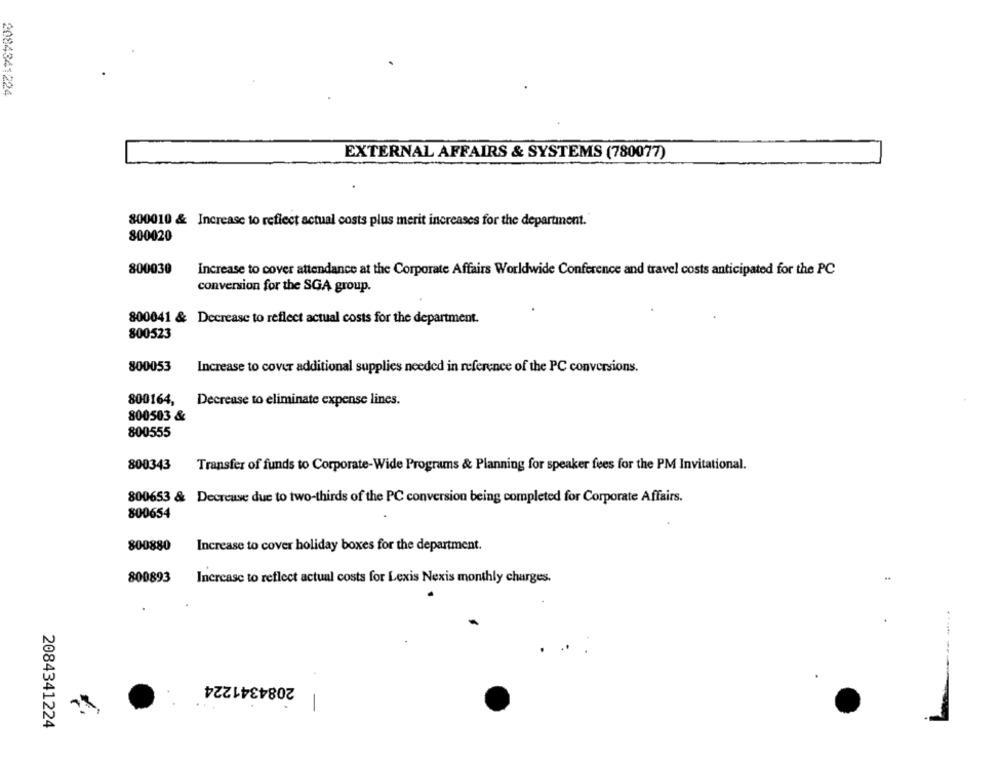
2084341224
EXTERNAL AFFAIRS & SYSTEMS (780077)
800010 & Increase to reflect actual costs plus merit increases for the department.
800020
800030
Increase to cover attendance at the Corporate Affairs Worldwide Conference and travel costs anticipated for the PC
conversion for the SGA group.
800041 & Decrease to reflect actual costs for the department.
800523
800053
Increase to cover additional supplies needed in reference of the PC conversions.
800164,
Decrease to eliminate expense lines.
800503 &
800555
800343
Transfer of funds to Corporate-Wide Programs & Planning for speaker fees for the PM Invitational.
800653 & Decrease due to two-thirds of the PC conversion being completed for Corporate Affairs.
800654
800880
Increase to cover holiday boxes for the department.
800893
Increase to reflect actual costs for Lexis Nexis monthly charges.
2084341224
..
-
2084341224